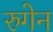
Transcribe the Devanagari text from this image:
रुगेन